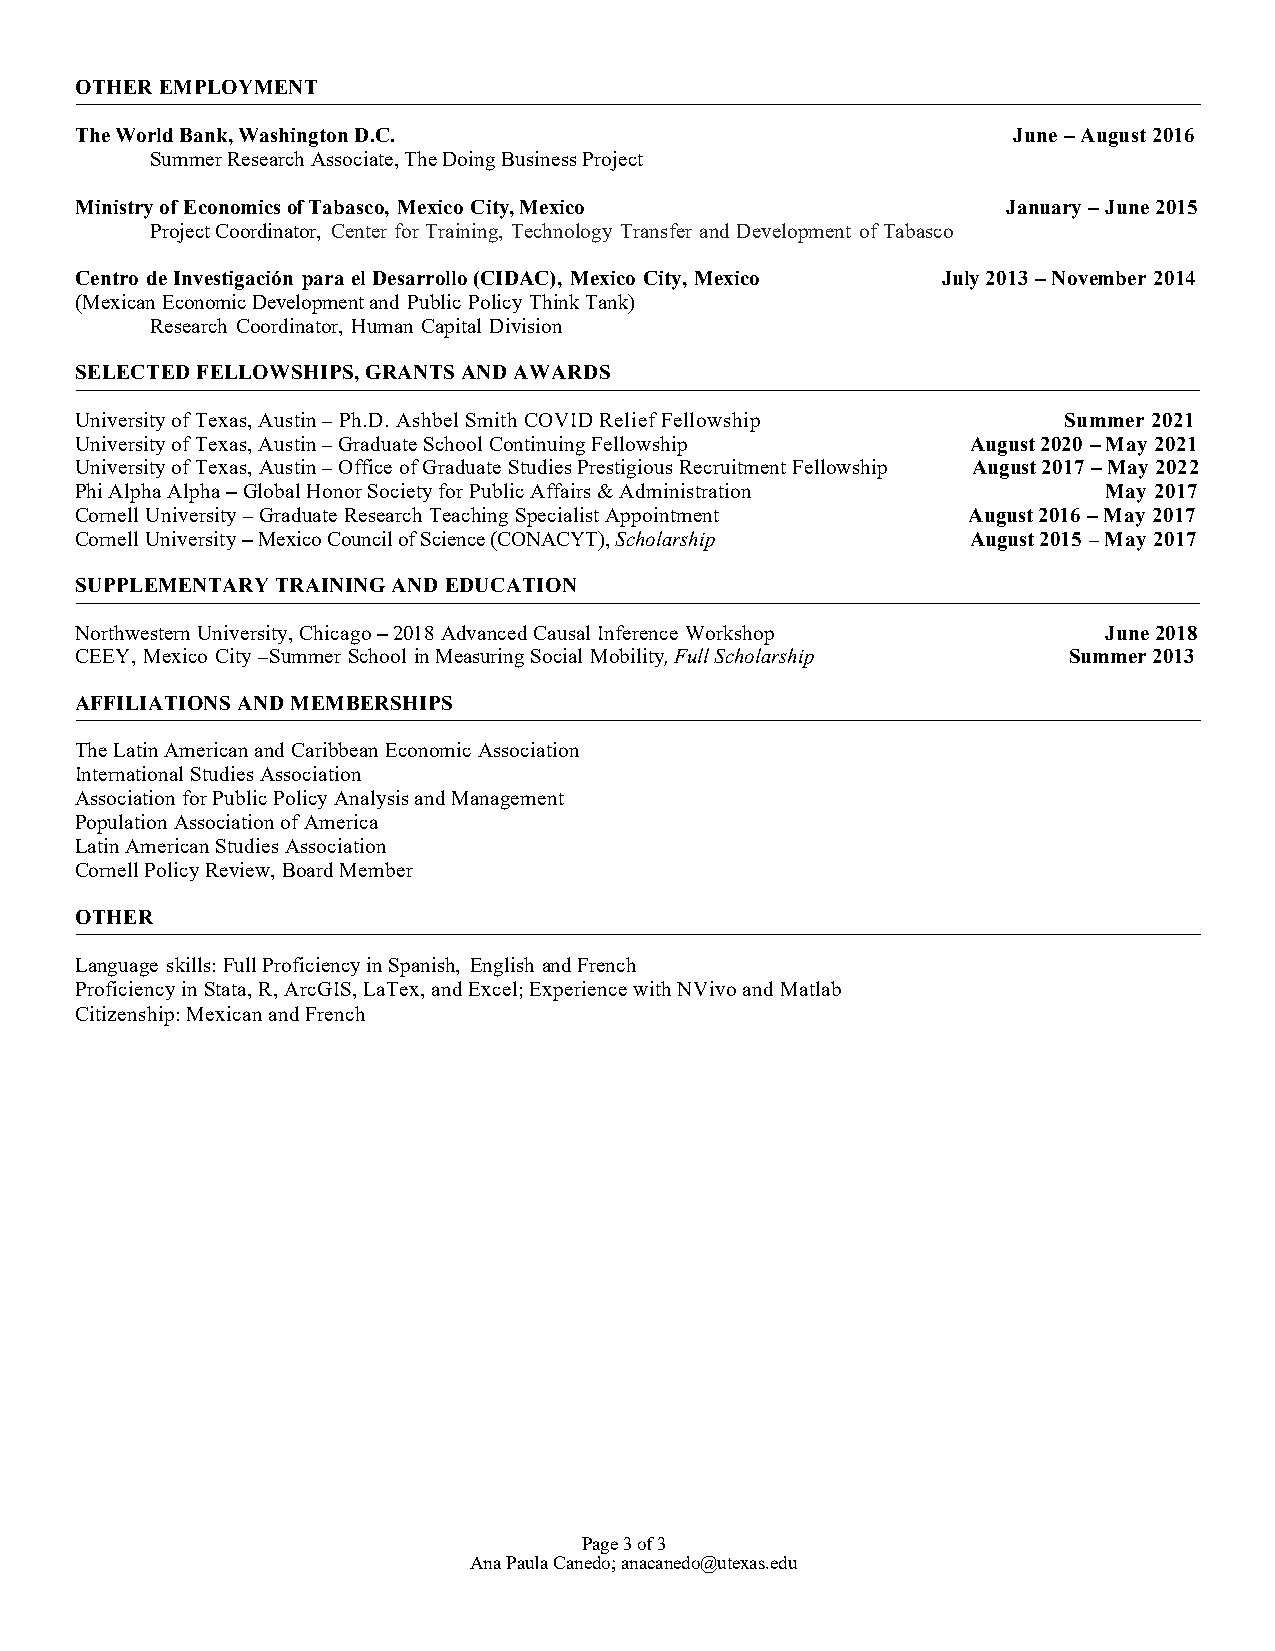
OTHER EMPLOYMENT
 The World Bank, Washington D.C.                               June – August 2016
 Summer Research Associate, The Doing Business Project
 Ministry of Economics of Tabasco, Mexico City, Mexico         January – June 2015
 Project Coordinator, Center for Training, Technology Transfer and Development of Tabasco
 Centro de Investigación para el Desarrollo (CIDAC), Mexico City, Mexico July 2013 – November 2014
 (Mexican Economic Development and Public Policy Think Tank)
 Research Coordinator, Human Capital Division
 SELECTED FELLOWSHIPS, GRANTS AND AWARDS
 University of Texas, Austin – Ph.D. Ashbel Smith COVID Relief Fellowship Summer 2021
 University of Texas, Austin – Graduate School Continuing Fellowship August 2020 – May 2021
 University of Texas, Austin – Office of Graduate Studies Prestigious Recruitment Fellowship August 2017 – May 2022
 Phi Alpha Alpha – Global Honor Society for Public Affairs & Administration May 2017
 Cornell University – Graduate Research Teaching Specialist Appointment August 2016 – May 2017
 Cornell University – Mexico Council of Science (CONACYT), Scholarship August 2015 – May 2017
 SUPPLEMENTARY TRAINING AND EDUCATION
 Northwestern University, Chicago – 2018 Advanced Causal Inference Workshop June 2018
 CEEY, Mexico City –Summer School in Measuring Social Mobility, Full Scholarship Summer 2013
 AFFILIATIONS AND MEMBERSHIPS
 The Latin American and Caribbean Economic Association
 International Studies Association
 Association for Public Policy Analysis and Management
 Population Association of America
 Latin American Studies Association
 Cornell Policy Review, Board Member
 OTHER
 Language skills: Full Proficiency in Spanish, English and French
 Proficiency in Stata, R, ArcGIS, LaTex, and Excel; Experience with NVivo and Matlab
 Citizenship: Mexican and French
 Page 3 of 3
 Ana Paula Canedo; anacanedo@utexas.edu